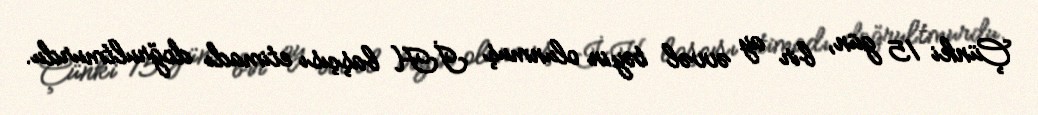
Çünki 15 gün, bir ay əvvəl təyin olunmuş İH başçısı etimadı doğrultmurdu.